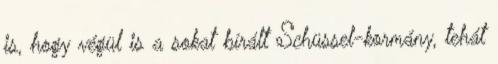
is, hogy végül is a sokat bírált Schüssel-kormány, tehát